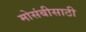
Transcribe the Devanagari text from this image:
मोसंबीसाठी